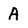
Character: A